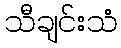
သီချင်းသံ